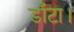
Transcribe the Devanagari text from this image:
डाँटा।